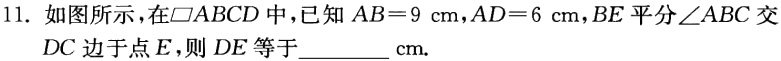
11. 如图所示，在$\square ABCD$中，已知$AB = 9\mathrm{cm}$，$AD = 6\mathrm{cm}$，$BE$平分$\angle ABC$交$DC$边于点$E$，则$DE$等于________$\mathrm{cm}$.